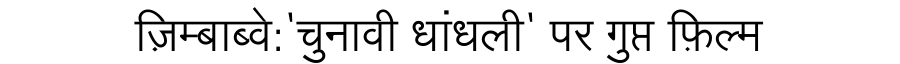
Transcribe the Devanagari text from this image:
ज़िम्बाब्वे:'चुनावी धांधली' पर गुप्त फ़िल्म